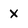
Character: x